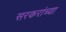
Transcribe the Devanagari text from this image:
सरकरांच्या